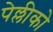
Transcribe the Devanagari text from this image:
पेल्लीको